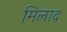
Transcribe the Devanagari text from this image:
मिलाद